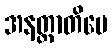
အနတ္တာတိပေ